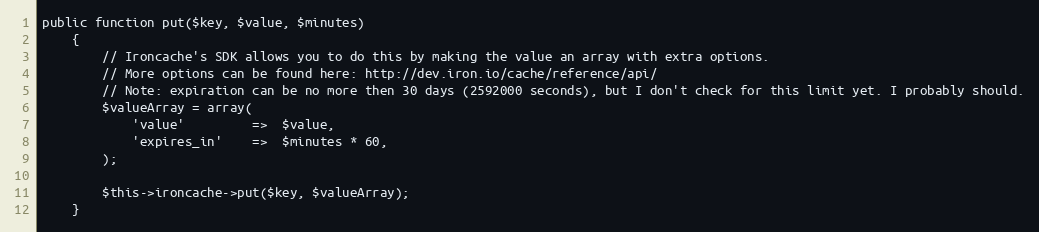
Language: PHP
public function put($key, $value, $minutes)
    {
        // Ironcache's SDK allows you to do this by making the value an array with extra options.
        // More options can be found here: http://dev.iron.io/cache/reference/api/
        // Note: expiration can be no more then 30 days (2592000 seconds), but I don't check for this limit yet. I probably should.
        $valueArray = array(
            'value'         =>  $value,
            'expires_in'    =>  $minutes * 60,
        );

        $this->ironcache->put($key, $valueArray);
    }